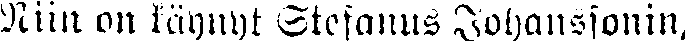
Niin on käynyt Stefanus Johanssonin,